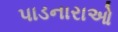
પાડનારાઓ